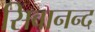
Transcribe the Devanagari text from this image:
सिवानन्द